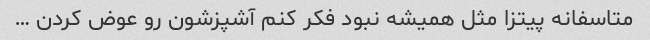
متاسفانه پیتزا مثل همیشه نبود فکر کنم آشپزشون رو عوض کردن …